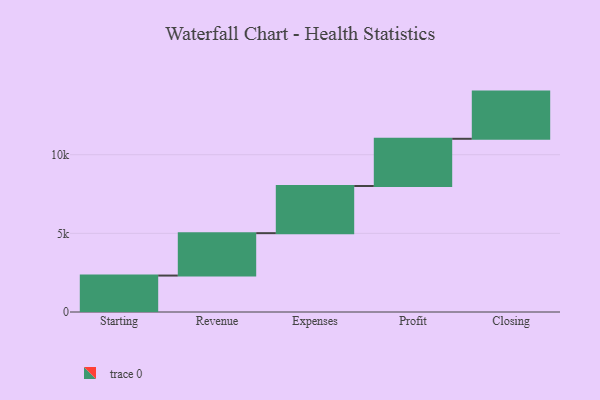
{"axis": {"x": "Step", "y": "Value"}, "legend": [""], "data": [{"x": "Starting", "y": 2317.0, "type": ""}, {"x": "Revenue", "y": 2695.0, "type": ""}, {"x": "Expenses", "y": 3000, "type": ""}, {"x": "Profit", "y": 3000, "type": ""}, {"x": "Closing", "y": 3000, "type": ""}]}